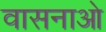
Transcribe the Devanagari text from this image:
वासनाओ